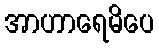
အာဟာရေမိပေ